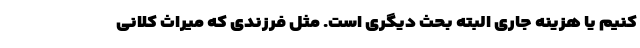
کنیم یا هزینه جاری البته بحث دیگری است. مثل فرزندی که میراث کلانی